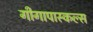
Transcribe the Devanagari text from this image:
गीगापास्कल्स